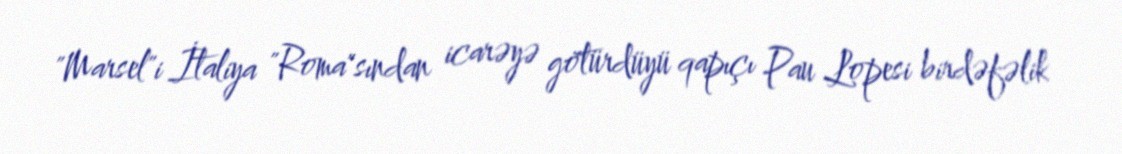
"Marsel"i İtaliya "Roma"sından icarəyə götürdüyü qapıçı Pau Lopesi birdəfəlik